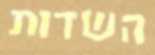
השדות